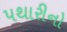
પથારીનો